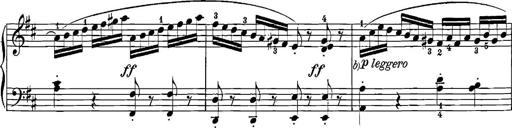
Title: 12 Sonatinas
Composer: Ignaz Pleyel